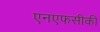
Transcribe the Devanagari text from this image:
एनएफसीकी